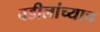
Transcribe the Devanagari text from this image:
वडीलांच्याच